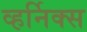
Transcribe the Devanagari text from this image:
व्हर्निक्स